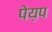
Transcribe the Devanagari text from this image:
पेय़प